Vaccination in Bombay 1869-1873 - 1869-1873
Year: 1869
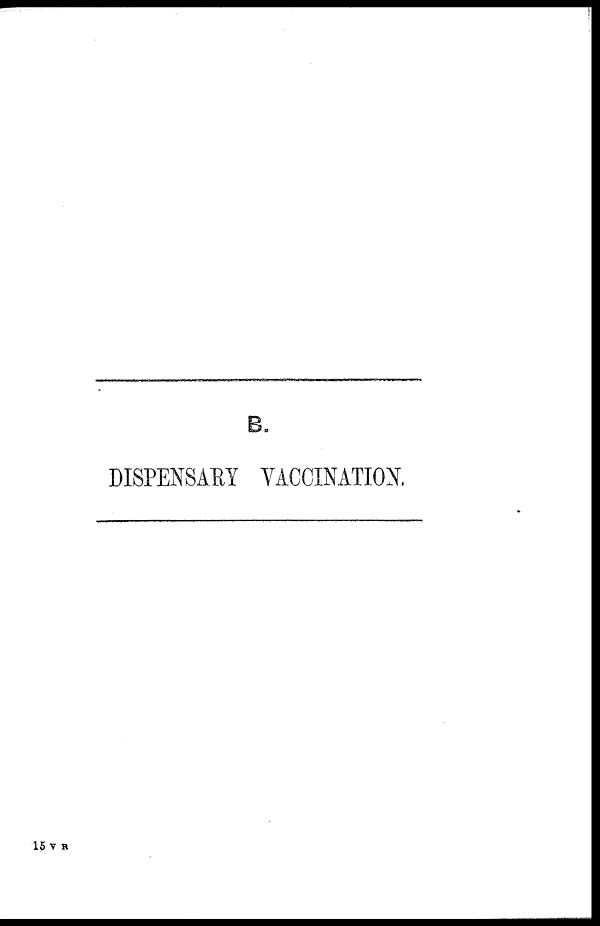
B.
DISPENSARY VACCINATION.
15 V R